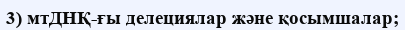
3) мтДНҚ-ғы делециялар және қосымшалар;